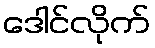
ဒေါင်လိုက်